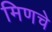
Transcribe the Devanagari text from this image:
मिणचे